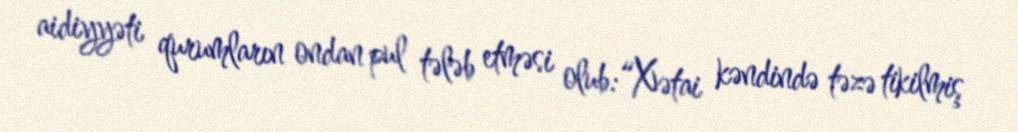
aidiyyəti qurumların ondan pul tələb etməsi olub:“Xətai kəndində təzə tikilmiş